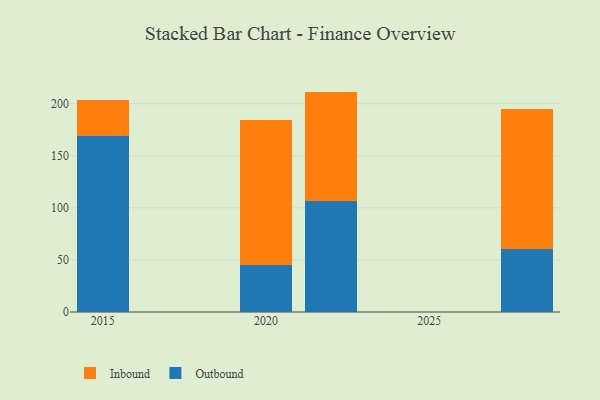
{"axis": {"x": "Year", "y": "Shipments"}, "legend": ["Inbound", "Outbound"], "data": [{"x": "2015", "y": 168.8, "type": "Outbound"}, {"x": "2015", "y": 34.9, "type": "Inbound"}, {"x": "2028", "y": 60.1, "type": "Outbound"}, {"x": "2028", "y": 135.0, "type": "Inbound"}, {"x": "2022", "y": 106.2, "type": "Outbound"}, {"x": "2022", "y": 105.4, "type": "Inbound"}, {"x": "2020", "y": 45.4, "type": "Outbound"}, {"x": "2020", "y": 138.9, "type": "Inbound"}]}